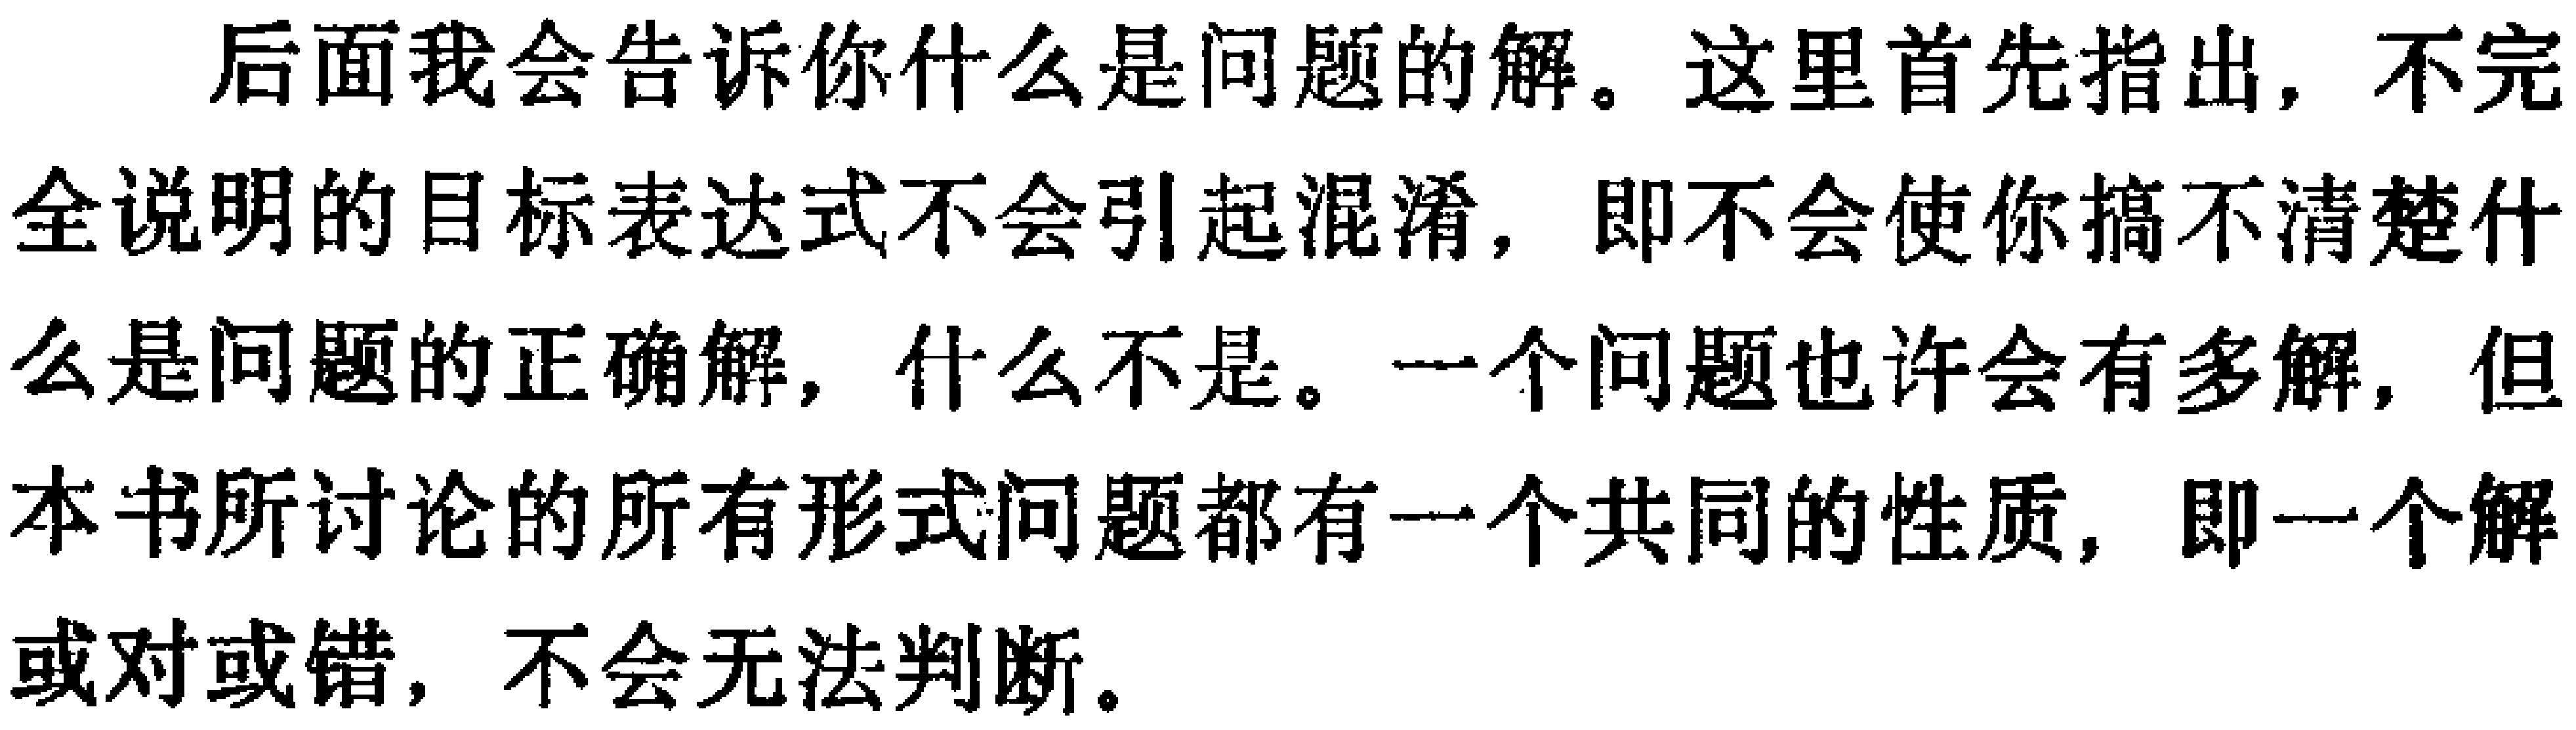
后面我会告诉你什么是问题的解。这里首先指出，不完全说明的目标表达式不会引起混淆，即不会使你搞不清楚什么是问题的正确解，什么不是。一个问题也许会有多解，但本书所讨论的所有形式问题都有一个共同的性质，即一个解或对或错，不会无法判断。